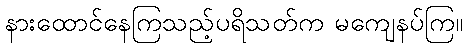
နားထောင်နေကြသည့်ပရိသတ်က မကျေနပ်ကြ။